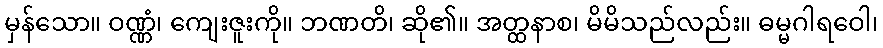
မှန်သော။ ဝဏ္ဏံ၊ ကျေးဇူးကို။ ဘဏတိ၊ ဆို၏။ အတ္ထနာစ၊ မိမိသည်လည်း။ ဓမ္မဂါရဝေါ၊